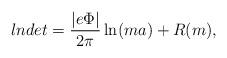
LaTeX: \begin{align*}lndet = \frac{|e\Phi|}{2\pi} \ln(ma) + R(m),\end{align*}